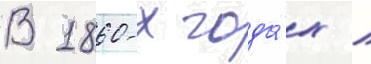
В 1860-х года́х /